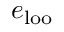
e _ { \mathrm { l o o } }